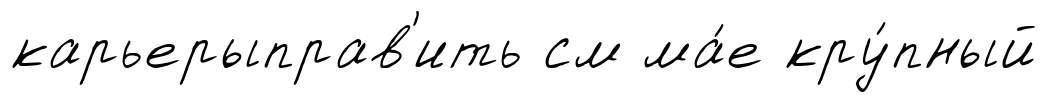
карьерыправ'ить см ма́е кру́пный